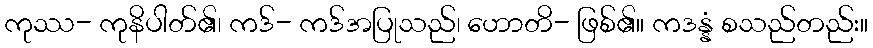
ကုဿ- ကုနိပါတ်၏၊ ကဒ်- ကဒ်အပြုသည်၊ ဟောတိ- ဖြစ်၏။ ကဒန္နံ စသည်တည်း။